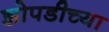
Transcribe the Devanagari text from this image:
झोपडीच्या